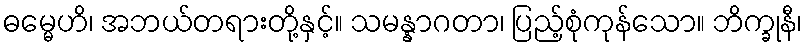
ဓမ္မေဟိ၊ အဘယ်တရားတို့နှင့်။ သမန္နာဂတာ၊ ပြည့်စုံကုန်သော။ ဘိက္ခုနီ၊